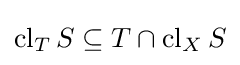
\operatorname {cl} _{T}S\subseteq T\cap \operatorname {cl} _{X}S